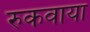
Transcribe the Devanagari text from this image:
रुकवाया